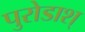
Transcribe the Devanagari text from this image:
पुरोडाश्